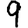
Digit: 9